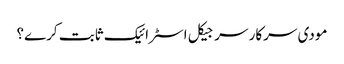
مودی سرکار سرجیکل اسٹرائیک ثابت کرے؟